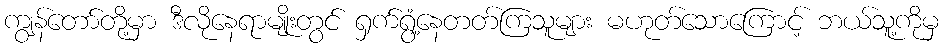
ကျွန်တော်တို့မှာ ဒီလိုနေရာမျိုးတွင် ရှက်ရွံ့နေတတ်ကြသူများ မဟုတ်သောကြောင့် ဘယ်သူ့ကိုမှ